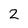
Character: 2